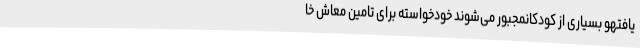
یافتهو بسیاری از کودکانمجبور می‌شوند خودخواسته برای تامین معاش خا